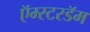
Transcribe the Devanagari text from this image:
ऍम्स्टरडॅम